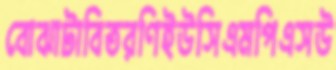
বোঝাটাবিতরণিইউসিএমপিএসউ